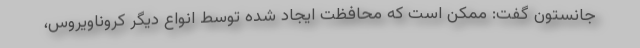
جانستون گفت: ممکن است که محافظت ایجاد شده توسط انواع دیگر کروناویروس،